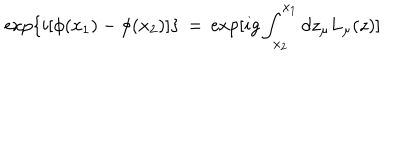
\exp \{ i [ \phi ( x _ { 1 } ) - \phi ( x _ { 2 } ) ] \} \, = \, \exp [ i g \int _ { x _ { 2 } } ^ { x _ { 1 } } d z _ { \mu } L _ { \mu } ( z ) ]